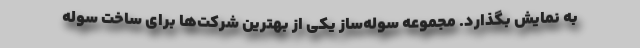
به نمایش بگذارد. مجموعه سوله‌ساز یکی از بهترین شرکت‌ها برای ساخت سوله